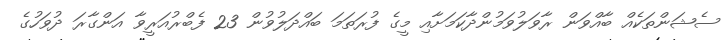
ސެޝަންތަކެއް ބާއްވަން ރާވަލުވަމުންދާކަމަށާއި މީގެ ފުރަތަމަ ބައްދަލުވުން 23 ފެބްރުއަރީވާ އަންގާރަ ދުވަހުގެ